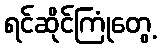
ရင်ဆိုင်ကြုံတွေ့